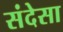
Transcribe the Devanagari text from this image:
संदेसा